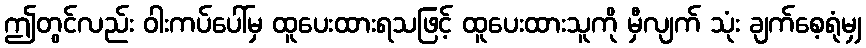
ဤတွင်လည်း ဝါးကပ်ပေါ်မှ ထူပေးထားရသဖြင့် ထူပေးထားသူကို မှီလျက် သုံး ချက်စေ့ရုံမျှ